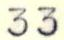
33